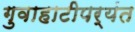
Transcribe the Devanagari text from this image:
गुवाहाटीपर्यंत